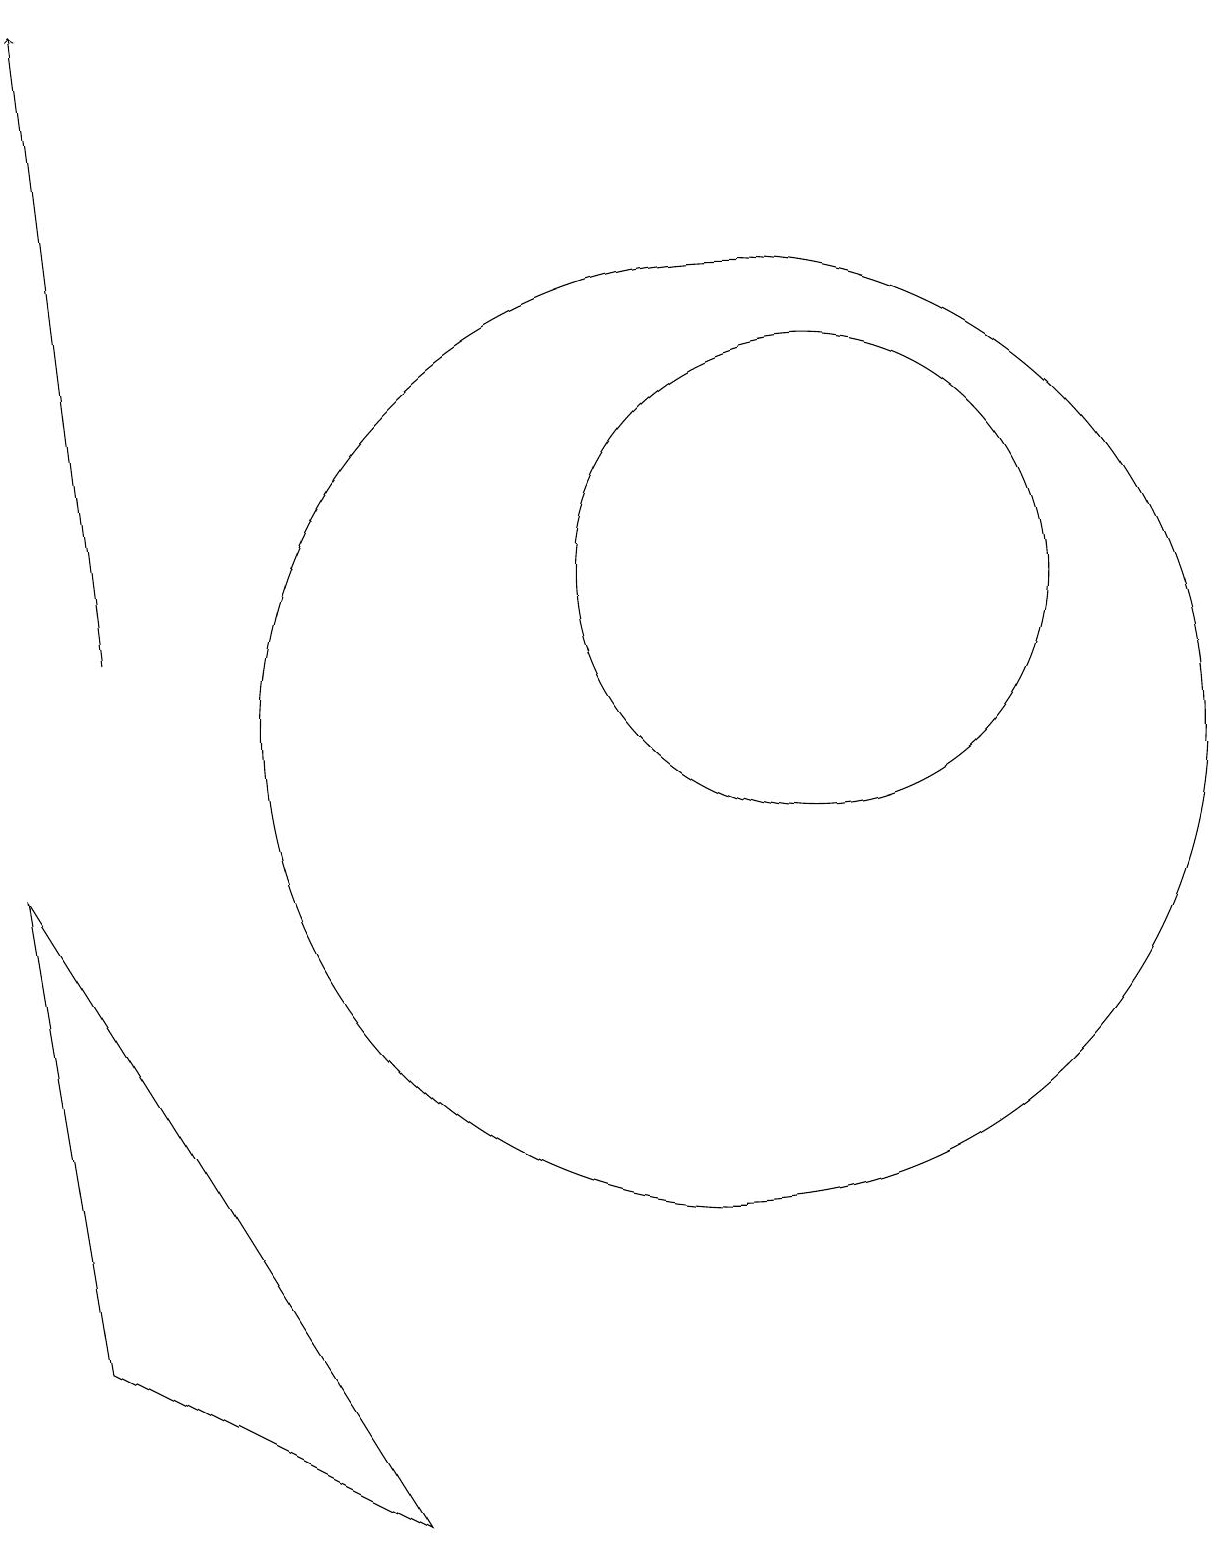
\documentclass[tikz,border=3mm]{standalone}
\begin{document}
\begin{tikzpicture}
\draw (10,10) circle (6);
\draw[->] (2,11) -- (1,19);
\draw (11,12) circle (3);
\draw (1,8) -- (2,2) -- (6,0) -- cycle;
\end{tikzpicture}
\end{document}